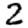
Digit: 2